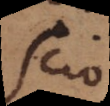
Scio